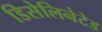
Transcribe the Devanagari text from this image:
डिसेलिनेटेड